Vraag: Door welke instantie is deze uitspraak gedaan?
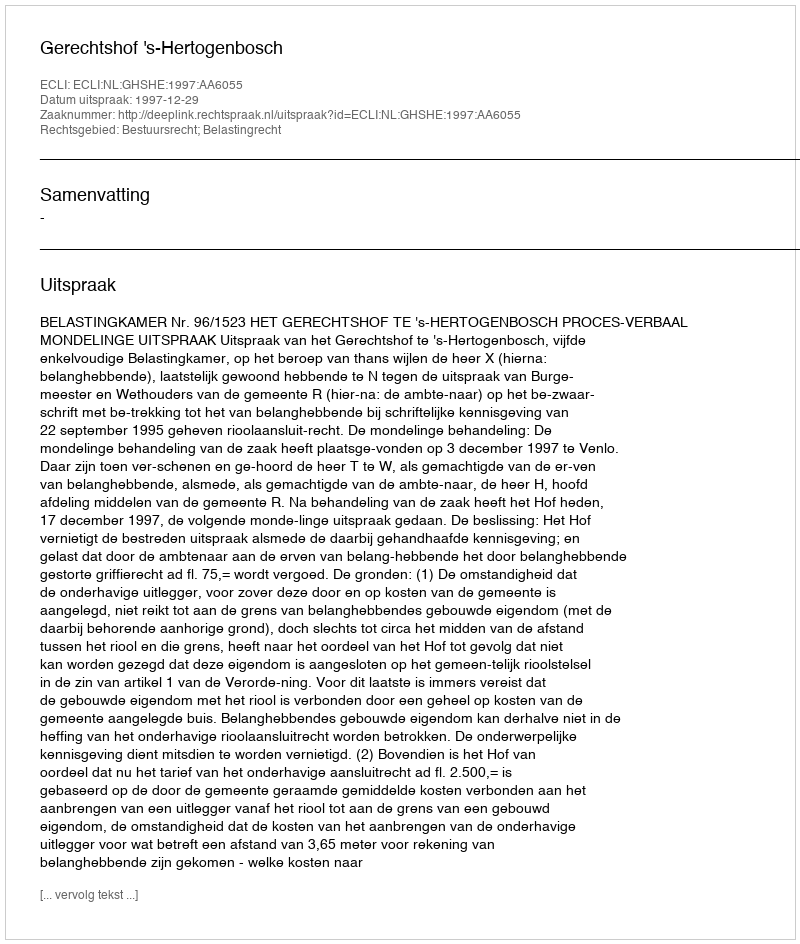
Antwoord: Gerechtshof 's-Hertogenbosch